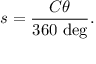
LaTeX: s = { \frac { C \theta } { 3 6 0 \ { \mathrm { d e g } } } } .